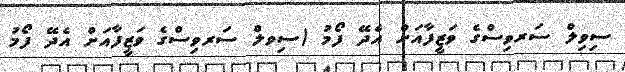
ސިވިލް ސަރވިސްގެ ވަޒީފާއަށް އެދޭ ފޯމު (ސިވލް ސަރވިސްގެ ވަޒީފާއަށް އެދޭ ފޯމު